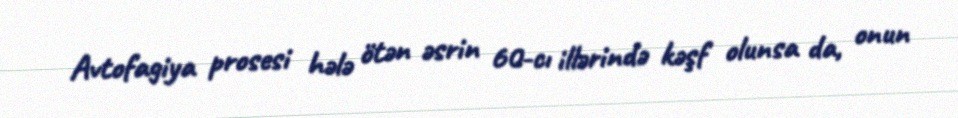
Avtofagiya prosesi hələ ötən əsrin 60-cı illərində kəşf olunsa da, onun